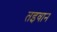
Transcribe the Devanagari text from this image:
तइवान